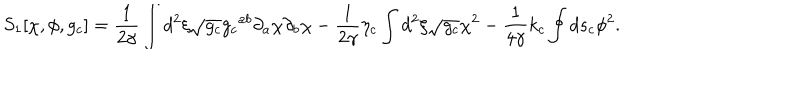
{ S _ { 1 } } [ \chi , \phi , { g _ { c } } ] = { \frac { 1 } { 2 \gamma } } \int { d ^ { 2 } } \xi \sqrt { g _ { c } } { { g _ { c } } ^ { a b } } { \partial _ { a } } \chi { \partial _ { b } } \chi - { \frac { 1 } { 2 \gamma } } { \eta _ { c } } \int { d ^ { 2 } } \xi \sqrt { g _ { c } } { \chi ^ { 2 } } - { \frac { 1 } { 4 \gamma } } { k _ { c } } \oint { d } { s _ { c } } { \phi ^ { 2 } } .